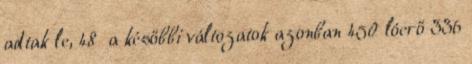
adtak le, 48 a későbbi változatok azonban 450 lóerő 336